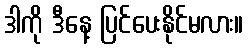
ဒါကို ဒီနေ့ ပြင်ပေးနိုင်မလား။